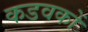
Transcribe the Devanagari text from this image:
कडवकों